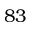
8 3